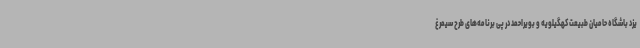
یزد باشگاه حامیان طبیعت کهگیلویه و بویراحمد در پی برنامه‌های طرح سیمرغ